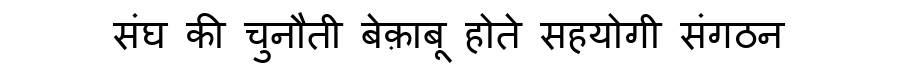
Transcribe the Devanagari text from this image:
संघ की चुनौती बेक़ाबू होते सहयोगी संगठन